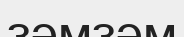
зәмзәм